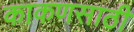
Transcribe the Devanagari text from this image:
काकणसाठी